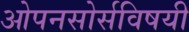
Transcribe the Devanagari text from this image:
ओपनसोर्सविषयी